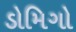
ડોમિગો